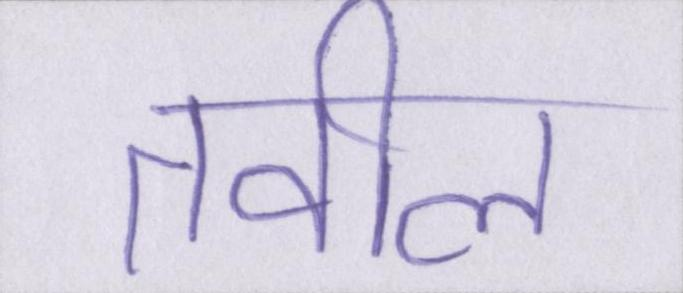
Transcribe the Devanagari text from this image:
तवील